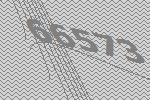
66573